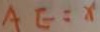
A E = x